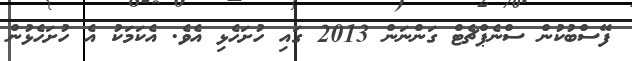
ފޭސްބުކުން ސްނެޕްޗެޓް ގަންނަން 2013 ގައި ހުށަހެޅި އެވެ. އެކަމަކު އެ ހުށަހެޅުން